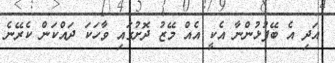
އަދި އެ ބޭފުޅުންނާ އެކީ އެއް މޭޒު ދޮށުގައި ވާހަކަ ދައްކަން ކެރޭނެ